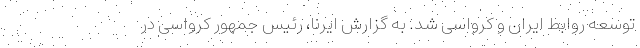
توسعه روابط ایران و کرواسی شد. به گزارش ایرنا، رئیس جمهور کرواسی در